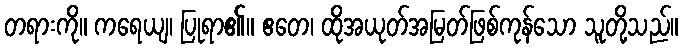
တရားကို။ ကရေယျ၊ ပြုရာ၏။ ဧတေ၊ ထိုအယုတ်အမြတ်ဖြစ်ကုန်သော သူတို့သည်။